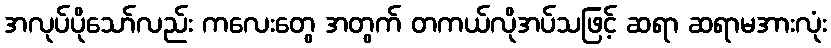
အလုပ်ပိုသော်လည်း ကလေးတွေ အတွက် တကယ်လိုအပ်သဖြင့် ဆရာ ဆရာမအားလုံး